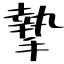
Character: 摯